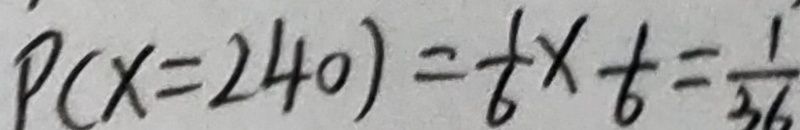
P ( x = 2 4 0 ) = \frac { 1 } { 6 } \times \frac { 1 } { 6 } = \frac { 1 } { 3 6 }